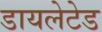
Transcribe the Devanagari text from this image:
डायलेटेड